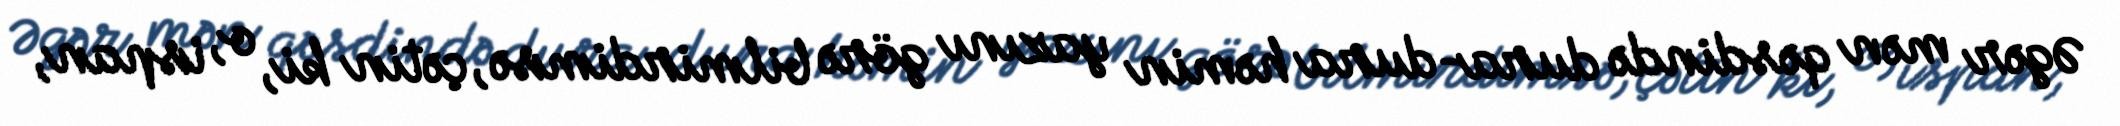
Əgər mən qəsdində dura-dura həmin yazını görə bilmirdimsə, çətin ki, o, ispan,